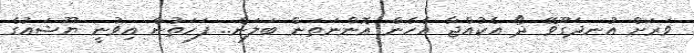
ވަރަށް އުނދަގޫވޭ ދޯ އެކުއްޖާ އެހެން އޮންނަތަން ބަލަން.. ފަހަތުން އިވުނީ ޔޫޝައުގެ